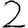
Digit: 2